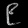
Digit: ၉